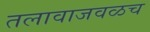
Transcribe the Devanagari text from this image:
तलावाजवळच